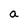
Character: a